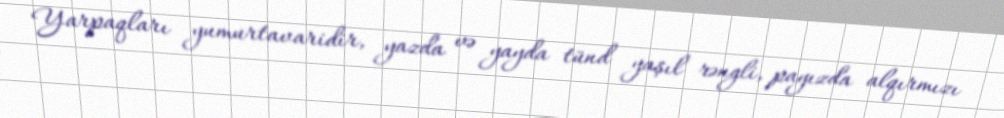
Yarpaqları yumurtavaridir, yazda və yayda tünd yaşıl rəngli, payızda alqırmızı